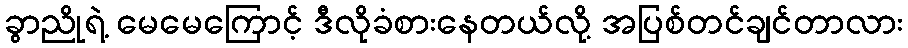
ခွာညိုရဲ့ မေမေကြောင့် ဒီလိုခံစားနေတယ်လို့ အပြစ်တင်ချင်တာလား